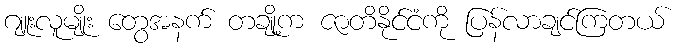
ဂျူးလူမျိုး တွေအနက် တချို့က ဇာတိနိုင်ငံကို ပြန်လာချင်ကြတယ်